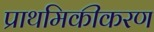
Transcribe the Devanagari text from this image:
प्राथमिकीकरण